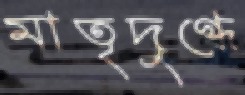
মাতৃদুগ্ধে